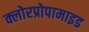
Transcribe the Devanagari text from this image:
क्लोरप्रोपामाइड